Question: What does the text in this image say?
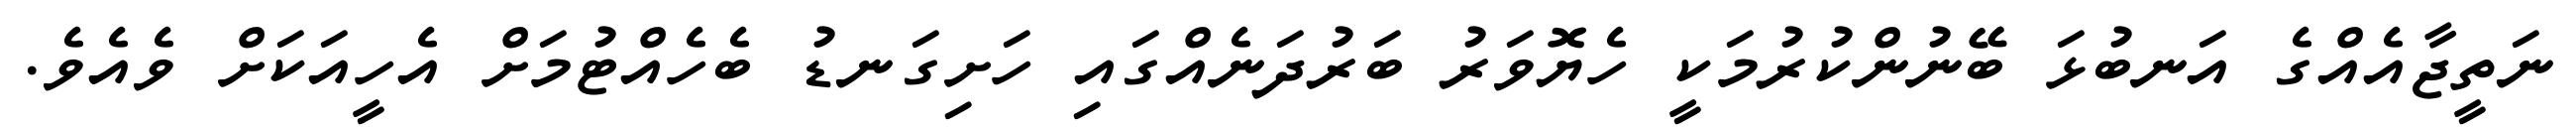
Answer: ނަތީޖާއެއްގެ އަނބުޅަ ބޭނުންކުރުމަކީ ހެޔޮވަރު ބަރުދަނެއްގައި ހަށިގަނޑު ބެހެއްޓުމަށް އެހީއަކަށް ވެއެވެ.